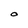
Character: O